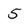
Character: 5